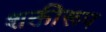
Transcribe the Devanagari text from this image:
शक्तीरूप